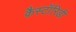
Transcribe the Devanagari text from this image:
कैस्टॉरिडी